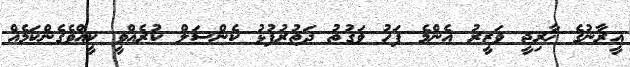
އީރާނުގެ ޚާރިޖީ ވަޒީރު އެންމެ ފަހު ވަގުތު ދަތުރުފުޅު ކެންސަލް ކުރެއްވީ ކީއްވެގެންކަމެއް